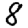
Digit: 8